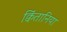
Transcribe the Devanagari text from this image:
क्विंतानिया